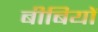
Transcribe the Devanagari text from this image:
बीबियों